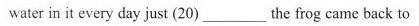
water in it every day just (20) ___ the frog came back to